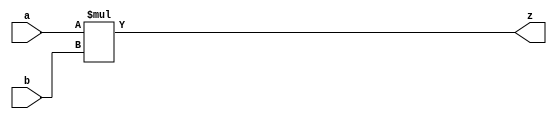
// -----------------------------------------------------------
//	Module:		32-Bit Multiplier
//	Contact:	gabriel23@up.edu
// ----------------------------------------------------------

module multiplier(z, a, b);

input [31:0] a;
input [31:0] b;
output [31:0] z;

assign z = a * b;

endmodule